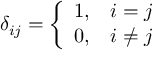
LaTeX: \delta _ { i j } = { \left\{ \begin{array} { l l } { 1 , } & { i = j } \\ { 0 , } & { i \neq j } \end{array} \right. }